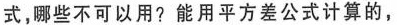
式，哪些不可以用?能用平方差公式计算的，